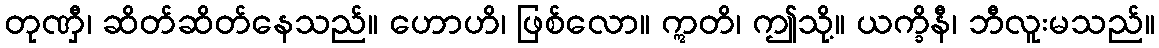
တုဏှီ၊ ဆိတ်ဆိတ်နေသည်။ ဟောဟိ၊ ဖြစ်လော။ ဣတိ၊ ဤသို့။ ယက္ခိနီ၊ ဘီလူးမသည်။